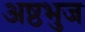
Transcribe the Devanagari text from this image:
अष्ठभुज